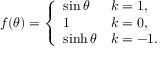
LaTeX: f ( \theta ) = \left\{ \begin{array} { l l } { { \sin \theta } } & { { k = 1 , } } \\ { { 1 } } & { { k = 0 , } } \\ { { \sinh \theta } } & { { k = - 1 . } } \end{array} \right.